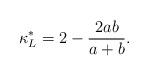
LaTeX: \begin{align*}\kappa^*_L =2- {2ab \over a+b}.\end{align*}